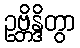
ဥဗ္ဘိန္ဒိတွာ